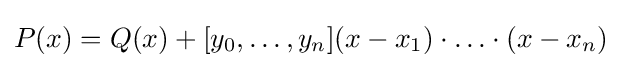
P(x)=Q(x)+[y_{0},\ldots ,y_{n}](x-x_{1})\cdot \ldots \cdot (x-x_{n})